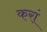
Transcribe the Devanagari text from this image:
करां